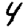
Digit: 4